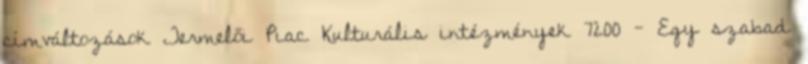
címváltozások Termelői Piac Kulturális intézmények 7200 - Egy szabad